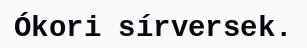
Ókori sírversek.